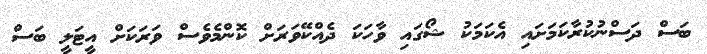
ބަސް ދަސްނުކުރާކަމަށައި އެކަމަކު ޝޯގައި ވާހަކަ ދެއްކޭވަރަށް ކޮންމެވެސް ވަރަކަށް އީޓަލީ ބަސް